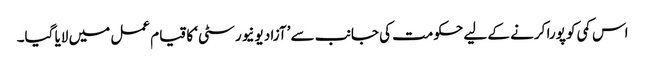
اس کمی کو پورا کرنے کے لیے حکومت کی جانب سے ’آزاد یونیورسٹی‘ کا قیام عمل میں لایا گیا۔